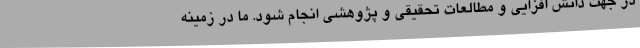
در جهت دانش افزایی و مطالعات تحقیقی و پژوهشی انجام شود. ما در زمینه